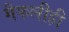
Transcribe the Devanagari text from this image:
मैफलीही